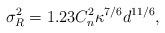
LaTeX: \begin{align*}\sigma^2_{R} = 1.23 C_n^2 \kappa^{7/6} d^{11/6},\end{align*}